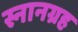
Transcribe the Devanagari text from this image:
स्नानग्रह